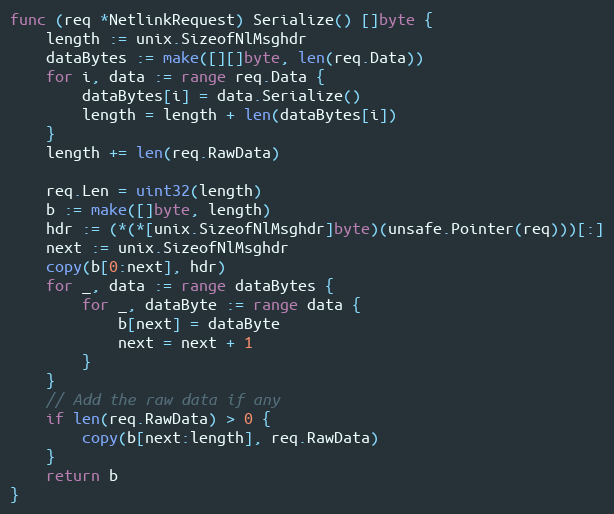
Language: Go
func (req *NetlinkRequest) Serialize() []byte {
	length := unix.SizeofNlMsghdr
	dataBytes := make([][]byte, len(req.Data))
	for i, data := range req.Data {
		dataBytes[i] = data.Serialize()
		length = length + len(dataBytes[i])
	}
	length += len(req.RawData)

	req.Len = uint32(length)
	b := make([]byte, length)
	hdr := (*(*[unix.SizeofNlMsghdr]byte)(unsafe.Pointer(req)))[:]
	next := unix.SizeofNlMsghdr
	copy(b[0:next], hdr)
	for _, data := range dataBytes {
		for _, dataByte := range data {
			b[next] = dataByte
			next = next + 1
		}
	}
	// Add the raw data if any
	if len(req.RawData) > 0 {
		copy(b[next:length], req.RawData)
	}
	return b
}